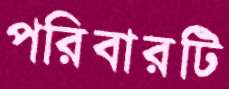
পরিবারটি